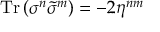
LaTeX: \mathrm { T r } \, ( \sigma ^ { n } \tilde { \sigma } ^ { m } ) = - 2 \eta ^ { n m }